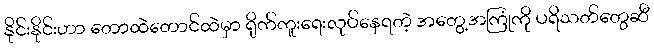
နိုင်းနိုင်းဟာ တောထဲတောင်ထဲမှာ ရိုက်ကူးရေးလုပ်နေရတဲ့ အတွေ့အကြုံကို ပရိသတ်တွေဆီ